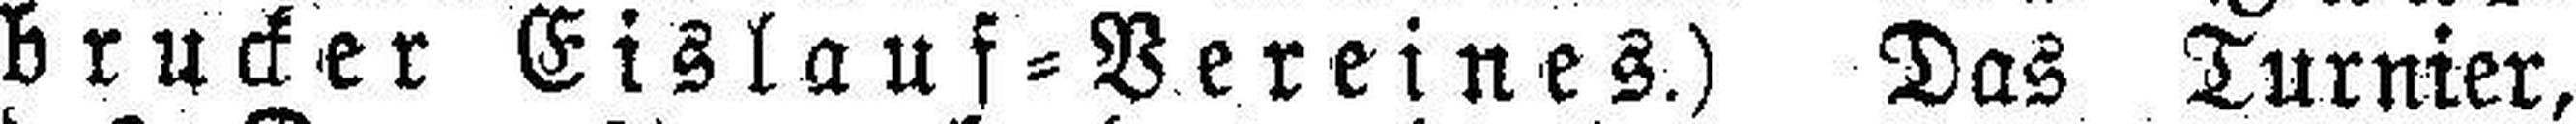
brucker Eislauf=Vereines.) Das Turnier,